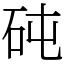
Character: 砘